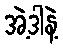
အဲ့ဒါနဲ့